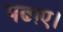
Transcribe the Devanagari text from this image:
पढाए।